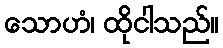
သောဟံ၊ ထိုငါသည်။